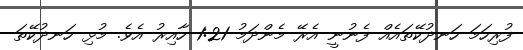
ފުރިހަމަ ހަނދުކޭތައެއް ފެނުނީ އެރޭ މެންދަމު 1:21 ހާއިރު އެވެ. މުޅި ހަނދުކޭތަ